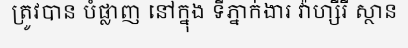
ត្រូវបាន បំផ្លាញ នៅក្នុង ទីភ្នាក់ងារ វ៉ាហ្សីរី ស្ថាន